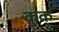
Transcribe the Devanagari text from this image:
कुक्